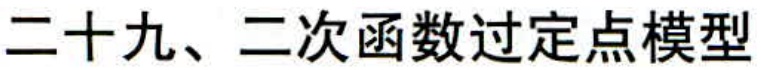
二十九、二次函数过定点模型